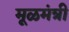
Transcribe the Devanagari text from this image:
मूळमंत्री